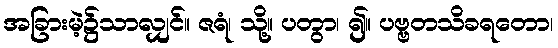
အခြားမဲ့၌သာလျှင်။ ဇရံ၊ သို့။ ပတွာ၊ ၍။ ပဗ္ဗတသိခရတော၊